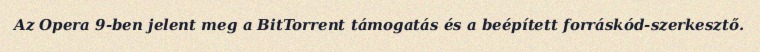
Az Opera 9-ben jelent meg a BitTorrent támogatás és a beépített forráskód-szerkesztő.